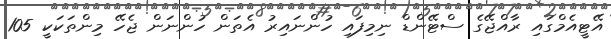
އޭޓީއެމްގައި ރާއްޖޭގެ ސްޓޭންޑް ނިމިފައި ހުންނައިރު އެތަން ހުންނަން ޖެހޭ މިންތަކަކީ 105